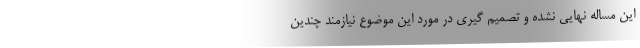
این مساله نهایی نشده و تصمیم گیری در مورد این موضوع نیازمند چندین